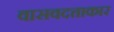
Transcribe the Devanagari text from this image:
वासवदत्ताकार